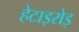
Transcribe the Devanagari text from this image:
हेटाइरोइ